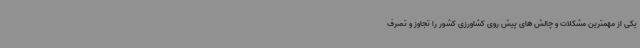
یکی از مهمترین مشکلات و چالش های پیش روی کشاورزی کشور را تجاوز و تصرف